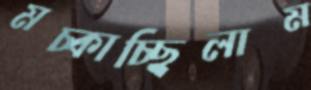
মচ্‌কাচ্ছিলাম